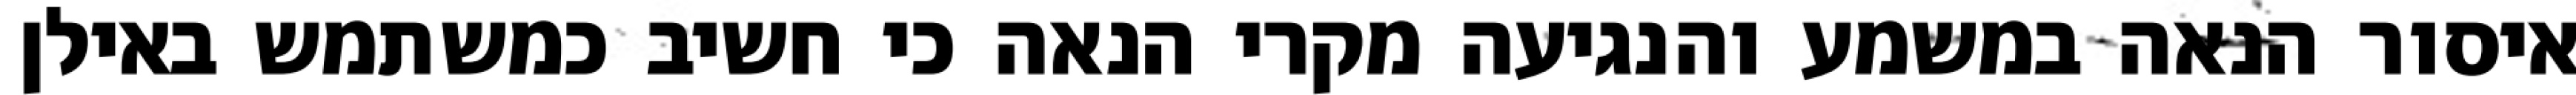
איסור הנאה במשמע והנגיעה מקרי הנאה כי חשיב כמשתמש באילן